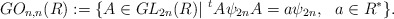
\begin{align*}GO_{n,n}(R):= \{ A \in GL_{2n}(R) | \,\, ^{t}A\psi_{2n}A = a\psi_{2n}, \,\, \,\, a \in R^{*} \}.\end{align*}